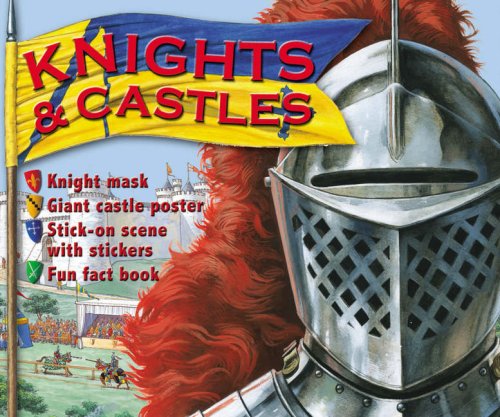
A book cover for Knights and Castles; Teen & Young Adult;